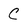
Character: C